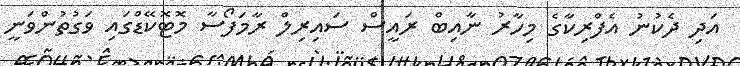
އަދި ދެކުނު އެފްރިކާގެ މިހާރު ނާއިބް ރައީސް ސައިރިލް ރާމަފޯސާ މޮޓޮކޭޑްގައި ވަގުތުންވަނީ